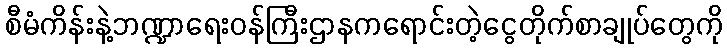
စီမံကိန်းနဲ့ဘဏ္ဍာရေးဝန်ကြီးဌာနကရောင်းတဲ့ငွေတိုက်စာချုပ်တွေကို